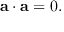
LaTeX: { \mathbf { a } } \cdot { \mathbf { a } } = 0 .